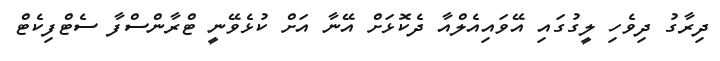
ދިރާގު ދިވެހި ލީގުގައި އޭވައިއެލްއާ ދެކޮޅަށް އޭނާ އަށް ކުޅެވޭނީ ޓްރާންސްފާ ސެޓްފިކެޓް